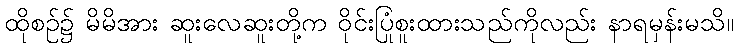
ထိုစဉ်၌ မိမိအား ဆူးလေဆူးတို့က ဝိုင်းပြုံစူးထားသည်ကိုလည်း နာရမှန်းမသိ။